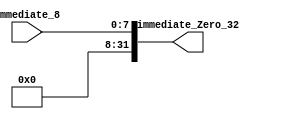
module Zero_Extend_8(
    input [7:0] immediate_8,
    output [31:0] immediate_Zero_32
    );
	 
	 reg [31:0] immediate_Zero_32;
	 
	 always @*
		begin
			immediate_Zero_32 <= {{24{1'b0}},immediate_8};
		end

endmodule